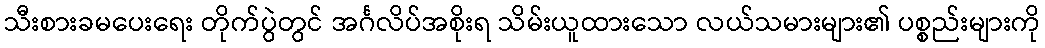
သီးစားခမပေးရေး တိုက်ပွဲတွင် အင်္ဂလိပ်အစိုးရ သိမ်းယူထားသော လယ်သမားများ၏ ပစ္စည်းများကို